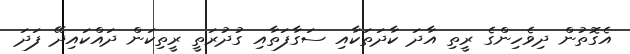
އެގޮތުން ދިވެހިންގެ ރީތި އާދަ ކާދަތަކާއި ސަގާފަތާއި ގުދުރަތީ ރީތިކަން ދައްކައިދޭ ފަދަ